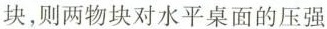
块，则两物块对水平桌面的压强